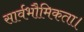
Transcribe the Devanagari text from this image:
सार्वभौमिकता।